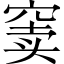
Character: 窦